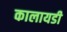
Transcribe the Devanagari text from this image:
कालायडी